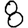
Digit: 8